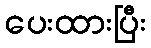
ပေးထားပြီး